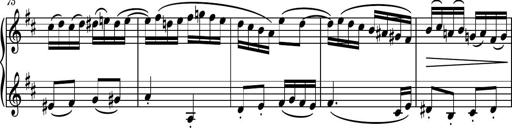
Title: Piano Sonatina No.4
Composer: Dimitri Sykias
Key: D major